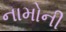
નામોની